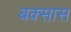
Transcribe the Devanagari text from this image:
बक्सास